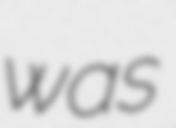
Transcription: was